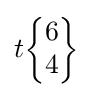
t{\begin{Bmatrix}6\\4\end{Bmatrix}}